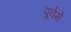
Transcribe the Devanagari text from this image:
पूर्वमें